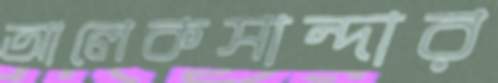
আলেকসান্দার